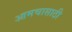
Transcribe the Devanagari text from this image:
आमचासाठी